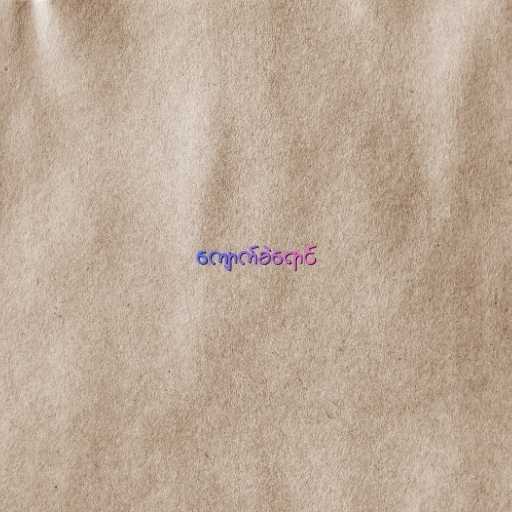
ကျောက်ခဲရောင်